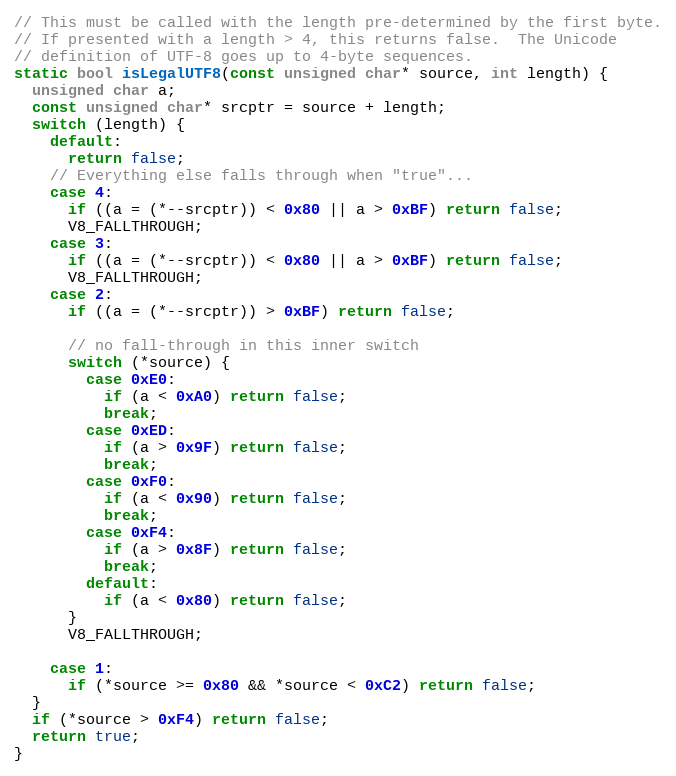
Language: C++
// This must be called with the length pre-determined by the first byte.
// If presented with a length > 4, this returns false.  The Unicode
// definition of UTF-8 goes up to 4-byte sequences.
static bool isLegalUTF8(const unsigned char* source, int length) {
  unsigned char a;
  const unsigned char* srcptr = source + length;
  switch (length) {
    default:
      return false;
    // Everything else falls through when "true"...
    case 4:
      if ((a = (*--srcptr)) < 0x80 || a > 0xBF) return false;
      V8_FALLTHROUGH;
    case 3:
      if ((a = (*--srcptr)) < 0x80 || a > 0xBF) return false;
      V8_FALLTHROUGH;
    case 2:
      if ((a = (*--srcptr)) > 0xBF) return false;

      // no fall-through in this inner switch
      switch (*source) {
        case 0xE0:
          if (a < 0xA0) return false;
          break;
        case 0xED:
          if (a > 0x9F) return false;
          break;
        case 0xF0:
          if (a < 0x90) return false;
          break;
        case 0xF4:
          if (a > 0x8F) return false;
          break;
        default:
          if (a < 0x80) return false;
      }
      V8_FALLTHROUGH;

    case 1:
      if (*source >= 0x80 && *source < 0xC2) return false;
  }
  if (*source > 0xF4) return false;
  return true;
}